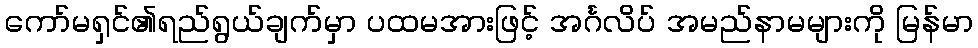
ကော်မရှင်၏ရည်ရွယ်ချက်မှာ ပထမအားဖြင့် အင်္ဂလိပ် အမည်နာမများကို မြန်မာ